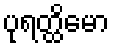
ပုရတ္ထိမော